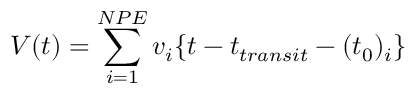
V ( t ) = \sum _ { i = 1 } ^ { N P E } v _ { i } \{ t - t _ { t r a n s i t } - ( t _ { 0 } ) _ { i } \}